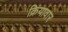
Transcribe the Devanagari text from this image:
क्रियावार